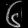
Digit: ၆